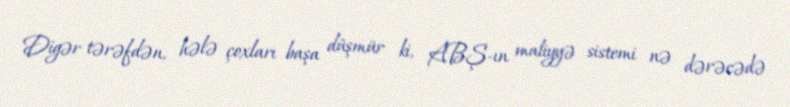
Digər tərəfdən, hələ çoxları başa düşmür ki, ABŞ-ın maliyyə sistemi nə dərəcədə